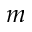
m